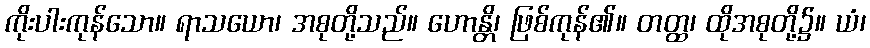
ကိုးပါးကုန်သော။ ရာသယော၊ အစုတို့သည်။ ဟောန္တိ၊ ဖြစ်ကုန်၏။ တတ္ထ၊ ထိုအစုတို့၌။ ယံ၊